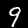
Label: 9